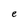
Character: e